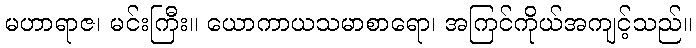
မဟာရာဇ၊ မင်းကြီး။ ယောကာယသမာစာရော၊ အကြင်ကိုယ်အကျင့်သည်။